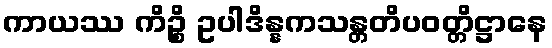
ကာယဿ ကိဉ္စိ ဥပါဒိန္နကသန္တတိပဝတ္တိဋ္ဌာနေ